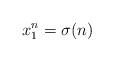
LaTeX: \begin{align*} x_1^n=\sigma(n)\end{align*}